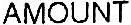
AMOUNT